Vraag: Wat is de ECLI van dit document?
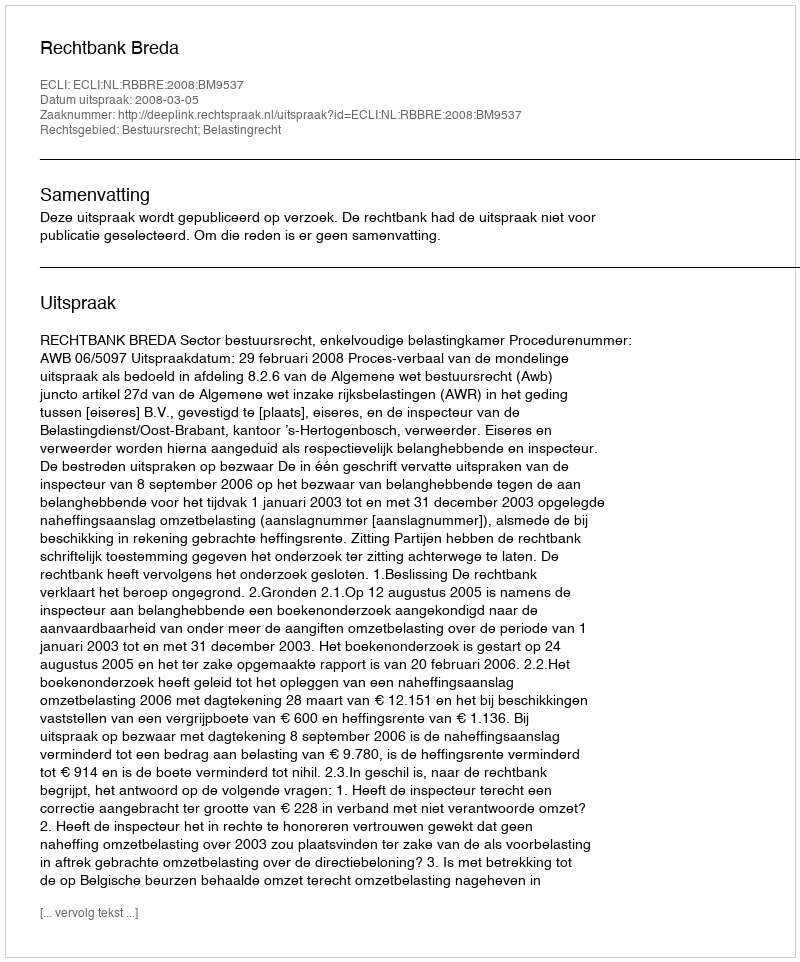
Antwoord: ECLI:NL:RBBRE:2008:BM9537